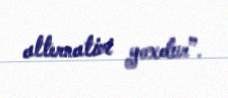
alternativi yoxdur”.